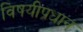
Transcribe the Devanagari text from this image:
विषयीप्रधान